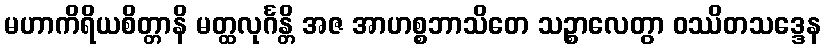
မဟာကိရိယစိတ္တာနိ မတ္ထလုင်္ဂန္တိ အဇ အာဟစ္စဘာသိတေ သဉ္စာလေတွာ ဝဿိတသဒ္ဒေန